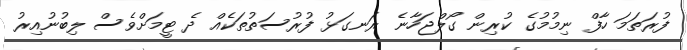
ފުރަތަމަ ހާފް ނިމުމުގެ ކުރިން ގޯލްޖަހާނެ ރަނގަޅު ފުރުސަތުތަކެއް ދެ ޓީމަށްވެސް ލިބުނުއިރު